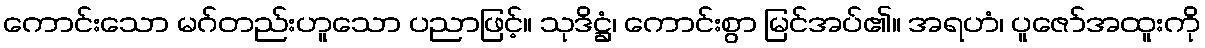
ကောင်းသော မဂ်တည်းဟူသော ပညာဖြင့်။ သုဒိဋ္ဌံ၊ ကောင်းစွာ မြင်အပ်၏။ အရဟံ၊ ပူဇော်အထူးကို